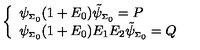
\left\{ \begin{array} { l } { \psi _ { \scriptscriptstyle \Sigma _ { 0 } } ( 1 + E _ { 0 } ) \tilde { \psi } _ { \scriptscriptstyle \Sigma _ { 0 } } = P } \\ { \psi _ { \scriptscriptstyle \Sigma _ { 0 } } ( 1 + E _ { 0 } ) E _ { 1 } E _ { 2 } \tilde { \psi } _ { \scriptscriptstyle \Sigma _ { 0 } } = Q } \\ \end{array} \right.